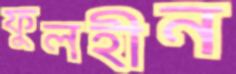
ফুলহীন